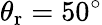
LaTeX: \theta_{\mathrm{r}}=50^{\circ}